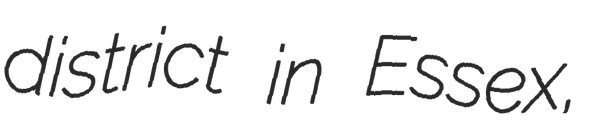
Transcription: district in Essex,